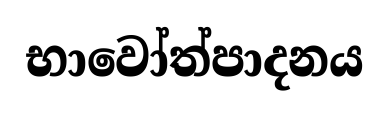
භාවෝත්පාදනය